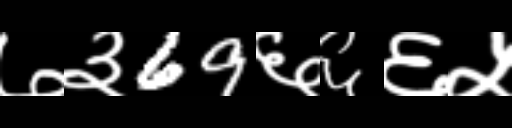
Text: ७३69६६६५